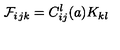
\mathcal { F } _ { i } { } _ { j k } = C _ { i j } ^ { l } ( a ) K _ { k l }